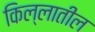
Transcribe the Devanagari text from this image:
किल्लातील